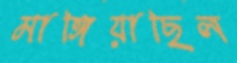
মাঙ্গিয়াছিল